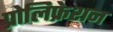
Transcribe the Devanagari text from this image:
प्रोलिफ्रेशन